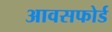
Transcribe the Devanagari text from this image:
आवसफोर्ड